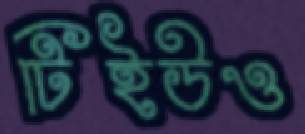
টিইউও